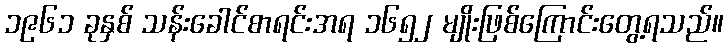
၁၉၆၁ ခုနှစ် သန်းခေါင်စာရင်းအရ ၁၆၅၂ မျိုးဖြစ်ကြောင်းတွေ့ရသည်။